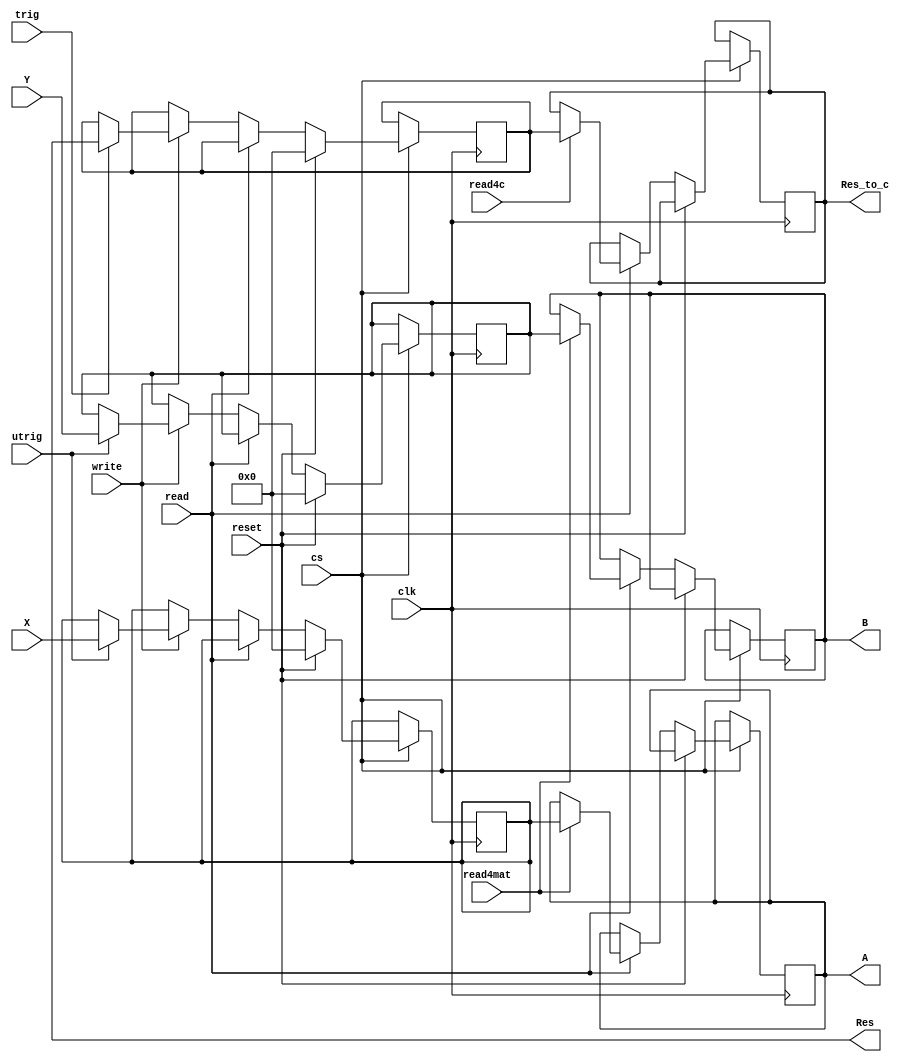
module RAm_fpga(input reset,read,read4mat,read4c,write,cs,clk,trig,utrig,input [31:0] X, Y, output reg [31:0] A, B, Res_to_c,Res); //output reg [127:0] out);

reg [31:0]mem[0:3];
integer i;

always @(posedge clk) 
begin
	if(cs)
		begin
			if(reset)
				begin
					for(i=0;i<4;i=i+1)
						mem[i] <= 32'b0;
				end
			else 
				begin
					if(read) /// matmul wants to read a and b from it
						begin
							if(read4mat)
							begin
								A <= mem[0];
								B <= mem[1];
							end
							if(read4c)
								Res_to_c <= mem[2];
						end
					else if(write) /// write 
						begin
							if(trig)  // res of matmul to ram
								mem[2] <=  Res;
							if(utrig) // cpu to ram ( feed a and b )
								begin
									mem[0] <= X; // uart will send value
									mem[1] <= Y; // uart will send value
								end
						end
				end
		end
end

endmodule